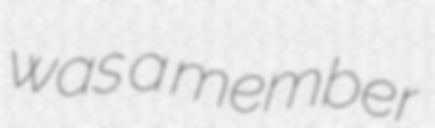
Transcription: was a member